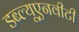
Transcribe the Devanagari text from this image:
डब्ल्यूएनवीटी